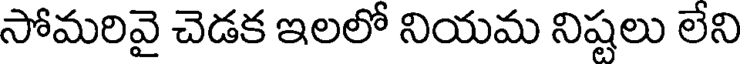
సోమరివై చెడక ఇలలో నియమ నిష్టలు లేని